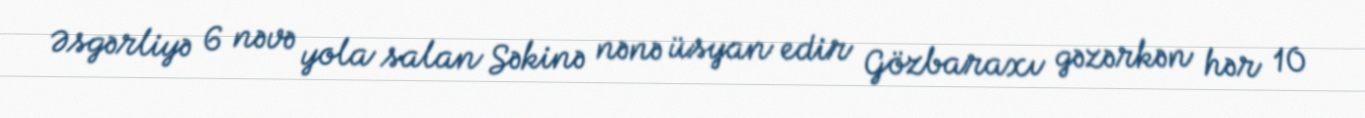
Əsgərliyə 6 nəvə yola salan Səkinə nənə üsyan edir Gözbaraxı gəzərkən hər 10